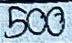
500